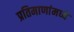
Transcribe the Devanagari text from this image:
प्रतिमाणांमध्ये